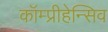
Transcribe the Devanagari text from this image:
कॉम्प्रीहेन्सिव